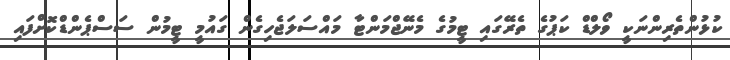
ކުޅުންތެރިންނަކީ ވޯލްޑް ކަޕުގެ ތެރޭގައި ޓީމުގެ މެނޭޖްމަންޓާ މައްސަލަޖެހިގެން ގައުމީ ޓީމުން ސަސްޕެންޑްކޮށްފައި